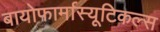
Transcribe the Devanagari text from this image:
बायोफार्मास्यूटिकल्स